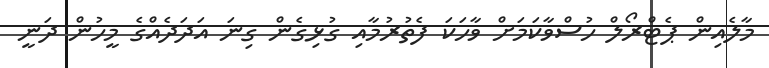
މާލެއިން ޕެޓްރޯލް ހުސްވާކަމަށް ވާހަކަ ފެތުރުމާއި ގުޅިގެން ގިނަ އަދަދެއްގެ މީހުން ދަނީ